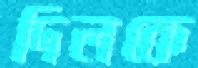
দিলকে